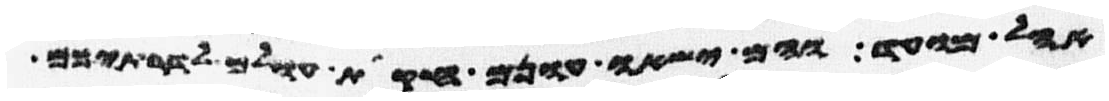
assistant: אהל מועד והם ישאו עונם חקות עולם לדרתיכם